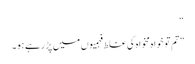
“
”تم تو خواہ مخواہ کی غلط فہمیوں میں پڑ رہے ہو۔